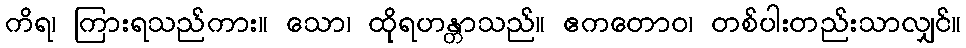
ကိရ၊ ကြားရသည်ကား။ သော၊ ထိုရဟန္တာသည်။ ဧကတောဝ၊ တစ်ပါးတည်းသာလျှင်။